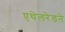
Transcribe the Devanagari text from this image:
एथेलरेडने